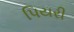
પિયરી